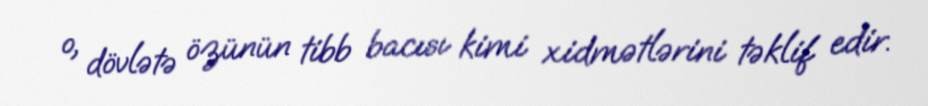
o, dövlətə özünün tibb bacısı kimi xidmətlərini təklif edir.